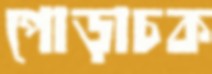
পোড়াচক